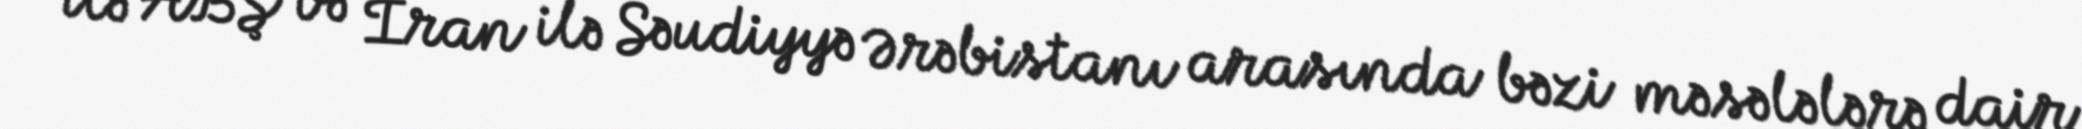
ilə ABŞ və İran ilə Səudiyyə Ərəbistanı arasında bəzi məsələlərə dair